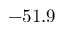
- 5 1 . 9